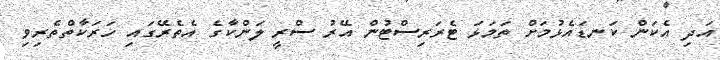
އަދި އެކަން ކަނޑައެޅުމަށް ތަމަޅަ ޓެރަރިސްޓުން އޭރު ސްރީ ލަންކާގެ އެތެރޭގައި ހަރަކާތްތެރިވި